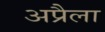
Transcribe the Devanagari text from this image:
अप्रैला